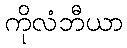
ကိုလံဘီယာ